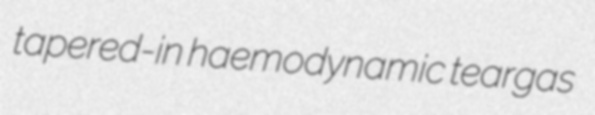
tapered-in haemodynamic teargas